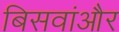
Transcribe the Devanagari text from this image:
बिसवांऔर